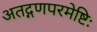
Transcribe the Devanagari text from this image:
अतद्गणपरमेष्टिः